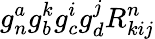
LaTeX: g_{n}^{a}g_{b}^{k}g_{c}^{i}g_{d}^{j}R_{kij}^{n}